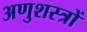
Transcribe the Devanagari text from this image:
अणुशस्त्रों